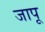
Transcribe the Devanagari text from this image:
जापू